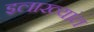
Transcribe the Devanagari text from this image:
इलाख्यांत